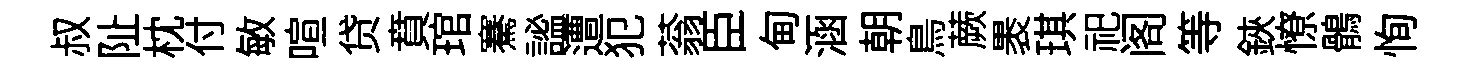
叔阯枕付敏喧贷賁琯騫謐遭犯蓊臣甸涵朝鳥蕨褁琪祀阁等鋏憭鶻恂